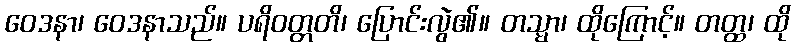
ဝေဒနာ၊ ဝေဒနာသည်။ ပရိဝတ္တတိ၊ ပြောင်းလွဲ၏။ တသ္မာ၊ ထိုကြောင့်။ တတ္ထ၊ ထို